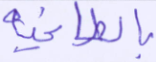
بالطاغية